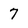
Character: 7